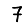
Digit: 7